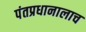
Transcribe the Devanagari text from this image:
पंतप्रधानालाच